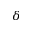
\delta